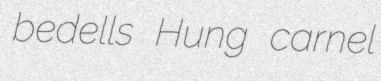
bedells Hung carnel